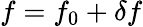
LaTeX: f=f_{0}+\delta f